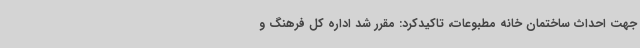
جهت احداث ساختمان خانه مطبوعات، تاکیدکرد: مقرر شد اداره کل فرهنگ و